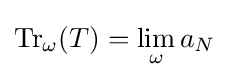
\operatorname {Tr} _{\omega }(T)=\lim _{\omega }a_{N}